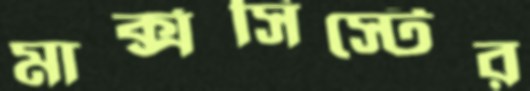
মার্ক্সসিস্টের